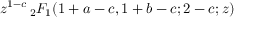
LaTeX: z ^ { 1 - c } \, _ { 2 } F _ { 1 } ( 1 + a - c , 1 + b - c ; 2 - c ; z )